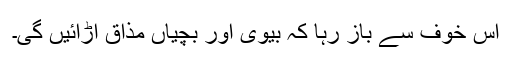
اس خوف سے باز رہا کہ بیوی اور بچیاں مذاق اڑائیں گی۔